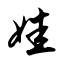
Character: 娃